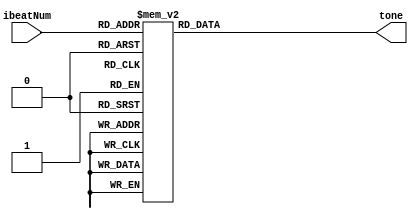
//
//
//
//

`define NM1 32'd660 //bB_freq
`define NM2 32'd494 //C_freq
`define NM3 32'd524 //D_freq
`define NM4 32'd588 //bE_freq
`define NM5 32'd440 //F_freq
`define NM6 32'd698 //G_freq
`define NM7 32'd880 //A_freq
`define NM8 32'd784 //A_freq
`define NM9 32'd415 //A_freq
`define NM10 32'd330 //A_freq
`define NM11 32'd349 //A_freq
`define NM12 32'd392 //A_freq
`define NM0 32'd20000 //slience (over freq.)

module Music (
	input [7:0] ibeatNum,	
	output reg [31:0] tone
);

always @(*) begin
	case (ibeatNum)		// 1/4 beat
		8'd0 : tone = `NM1;	//3
		8'd1 : tone = `NM1;
		8'd2 : tone = `NM1;
		8'd3 : tone = `NM1;
		8'd4 : tone = `NM2;	//1
		8'd5 : tone = `NM2;
		8'd6 : tone = `NM3;
		8'd7 : tone = `NM3;
		8'd8 : tone = `NM4;	//2
		8'd9 : tone = `NM4;
		8'd10 : tone = `NM1;
		8'd11 : tone = `NM4;
		8'd12 : tone = `NM3;
		8'd13 : tone = `NM3;
		8'd14 : tone = `NM2;
		8'd15 : tone = `NM2;
		
		8'd16 : tone = `NM5;
		8'd17 : tone = `NM5;
		8'd18 : tone = `NM5;
		8'd19 : tone = `NM5;
		8'd20 : tone = `NM5;
		8'd21 : tone = `NM5;
		8'd22 : tone = `NM3;
		8'd23 : tone = `NM3;
		8'd24 : tone = `NM1;
		8'd25 : tone = `NM1;
		8'd26 : tone = `NM1;
		8'd27 : tone = `NM1;
		8'd28 : tone = `NM4;
		8'd29 : tone = `NM4;
		8'd30 : tone = `NM3;
		8'd31 : tone = `NM3;
		
		8'd32 : tone = `NM2;
		8'd33 : tone = `NM2;
		8'd34 : tone = `NM2;
		8'd35 : tone = `NM2;
		8'd36 : tone = `NM2;
		8'd37 : tone = `NM2;
		8'd38 : tone = `NM3;
		8'd39 : tone = `NM3;
		8'd40 : tone = `NM4;
		8'd41 : tone = `NM4;
		8'd42 : tone = `NM4;
		8'd43 : tone = `NM4;
		8'd44 : tone = `NM1;
		8'd45 : tone = `NM1;
		8'd46 : tone = `NM1;
		8'd47 : tone = `NM1;
		
		8'd48 : tone = `NM3;
		8'd49 : tone = `NM3;
		8'd50 : tone = `NM3;
		8'd51 : tone = `NM3;
		8'd52 : tone = `NM5;
		8'd53 : tone = `NM5;
		8'd54 : tone = `NM5;
		8'd55 : tone = `NM5;
		8'd56 : tone = `NM5;
		8'd57 : tone = `NM5;
		8'd58 : tone = `NM5;
		8'd59 : tone = `NM5;
		8'd60 : tone = `NM0;
		8'd61 : tone = `NM0;
		8'd62 : tone = `NM0;
		8'd63 : tone = `NM0;
		
		8'd64 : tone = `NM4; 
		8'd65 : tone = `NM4; 
		8'd66 : tone = `NM4; 
		8'd67 : tone = `NM4; 
		8'd68 : tone = `NM4; 
		8'd69 : tone = `NM4; 
		8'd70 : tone = `NM6;
		8'd71 : tone = `NM6;
		8'd72 : tone = `NM7;
		8'd73 : tone = `NM7;
		8'd74 : tone = `NM7;
		8'd75 : tone = `NM7;
		8'd76 : tone = `NM8;
		8'd77 : tone = `NM8;
		8'd78 : tone = `NM6;
		8'd79 : tone = `NM6;
		
		8'd80 : tone = `NM1;
		8'd81 : tone = `NM1;
		8'd82 : tone = `NM1;
		8'd83 : tone = `NM1;
		8'd84 : tone = `NM1;
		8'd85 : tone = `NM1;
		8'd86 : tone = `NM3;
		8'd87 : tone = `NM3;
		8'd88 : tone = `NM1;
		8'd89 : tone = `NM1;
		8'd90 : tone = `NM1;
		8'd91 : tone = `NM1;
		8'd92 : tone = `NM4;
		8'd93 : tone = `NM4;
		8'd94 : tone = `NM3;
		8'd95 : tone = `NM3;
		
		8'd96 : tone = `NM2 ;
		8'd97 : tone = `NM2 ;
		8'd98 : tone = `NM2 ;
		8'd99 : tone = `NM2 ;
		8'd100 : tone = `NM2 ;
		8'd101 : tone = `NM2 ;
		8'd102 : tone = `NM3 ;
		8'd103 : tone = `NM3 ;
		8'd104 : tone = `NM4 ;
		8'd105 : tone = `NM4 ;
		8'd106 : tone = `NM4 ;
		8'd107 : tone = `NM4 ;
		8'd108 : tone = `NM1 ;
		8'd109 : tone = `NM1 ;
		8'd110 : tone = `NM1 ;
		8'd111 : tone = `NM1 ;
		
		8'd112 : tone = `NM3 ;
		8'd113 : tone = `NM3 ;
		8'd114 : tone = `NM3 ;
		8'd115 : tone = `NM3 ;
		8'd116 : tone = `NM5 ;
		8'd117 : tone = `NM5 ;
		8'd118 : tone = `NM5 ;
		8'd119 : tone = `NM5 ;
		8'd120 : tone = `NM5 ;
		8'd121 : tone = `NM5 ;
		8'd122 : tone = `NM5 ;
		8'd123 : tone = `NM5 ;
		8'd124 : tone = `NM0 ;
		8'd125 : tone = `NM0 ;
		8'd126 : tone = `NM0 ;
		8'd127 : tone = `NM0 ;
		
//		8'd128 : tone = `NM1 ;	//3
//		8'd129 : tone = `NM1 ;
//		8'd130 : tone = `NM1 ;
//		8'd131 : tone = `NM1 ;
//		8'd132 : tone = `NM2 ;	//1
//		8'd133 : tone = `NM2 ;
//		8'd134 : tone = `NM3 ;
//		8'd135 : tone = `NM3 ;
//		8'd136 : tone = `NM4 ;	//2
//		8'd137 : tone = `NM4 ;
//		8'd138 : tone = `NM1 ;
//		8'd139 : tone = `NM4 ;
//		8'd140 : tone = `NM3 ;
//		8'd141 : tone = `NM3 ;
//		8'd142 : tone = `NM2 ;
//		8'd143 : tone = `NM2 ;
////		
//		8'd144 : tone = `NM5 ;
//		8'd145 : tone = `NM5 ;
//		8'd146 : tone = `NM5 ;
//		8'd147 : tone = `NM5 ;
//		8'd148 : tone = `NM5 ;
//		8'd149 : tone = `NM5 ;
//		8'd150 : tone = `NM3 ;
//		8'd151 : tone = `NM3 ;
//		8'd152 : tone = `NM1 ;
//		8'd153 : tone = `NM1 ;
//		8'd154 : tone = `NM1 ;
//		8'd155 : tone = `NM1 ;
//		8'd156 : tone = `NM4 ;
//		8'd157 : tone = `NM4 ;
//		8'd158 : tone = `NM3 ;
//		8'd159 : tone = `NM3 ;
////		
//		8'd160 : tone = `NM2 ;
//		8'd161 : tone = `NM2 ;
//		8'd162 : tone = `NM2 ;
//		8'd163 : tone = `NM2 ;
//		8'd164 : tone = `NM2 ;
//		8'd165 : tone = `NM2 ;
//		8'd166 : tone = `NM3 ;
//		8'd167 : tone = `NM3 ;
//		8'd168 : tone = `NM4 ;
//		8'd169 : tone = `NM4 ;
//		8'd170 : tone = `NM4 ;
//		8'd171 : tone = `NM4 ;
//		8'd172 : tone = `NM1 ;
//		8'd173 : tone = `NM1 ;
//		8'd174 : tone = `NM1 ;
//		8'd175 : tone = `NM1 ;
////		
//		8'd176 : tone = `NM3 ;
//		8'd177 : tone = `NM3 ;
//		8'd178 : tone = `NM3 ;
//		8'd179 : tone = `NM3 ;
//		8'd180 : tone = `NM5 ;
//		8'd181 : tone = `NM5 ;
//		8'd182 : tone = `NM5 ;
//		8'd183 : tone = `NM5 ;
//		8'd184 : tone = `NM5 ;
//		8'd185 : tone = `NM5 ;
//		8'd186 : tone = `NM5 ;
//		8'd187 : tone = `NM5 ;
//		8'd188 : tone = `NM0 ;
//		8'd189 : tone = `NM0 ;
//		8'd190 : tone = `NM0 ;
//		8'd191 : tone = `NM0 ;
////		
//		8'd192 : tone = `NM4 ;
//		8'd193 : tone = `NM4 ;
//		8'd194 : tone = `NM4 ;
//		8'd195 : tone = `NM4 ;
//		8'd196 : tone = `NM4 ;
//		8'd197 : tone = `NM4 ;
//		8'd198 : tone = `NM6 ;
//		8'd199 : tone = `NM6 ;
//		8'd200 : tone = `NM7 ;
//		8'd201 : tone = `NM7 ;
//		8'd202 : tone = `NM7 ;
//		8'd203 : tone = `NM7 ;
//		8'd204 : tone = `NM8 ;
//		8'd205 : tone = `NM8 ;
//		8'd206 : tone = `NM6 ;
//		8'd207 : tone = `NM6 ;
////		
//		8'd208 : tone = `NM1 ;
//		8'd209 : tone = `NM1 ;
//		8'd210 : tone = `NM1 ;
//		8'd211 : tone = `NM1 ;
//		8'd212 : tone = `NM1 ;
//		8'd213 : tone = `NM1 ;
//		8'd214 : tone = `NM3 ;
//		8'd215 : tone = `NM3 ;
//		8'd216 : tone = `NM1 ;
//		8'd217 : tone = `NM1 ;
//		8'd218 : tone = `NM1 ;
//		8'd219 : tone = `NM1 ;
//		8'd220 : tone = `NM4 ;
//		8'd221 : tone = `NM4 ;
//		8'd222 : tone = `NM3 ;
//		8'd223 : tone = `NM3 ;
////		
//		8'd224 : tone = `NM2 ;
//		8'd225 : tone = `NM2 ;
//		8'd226 : tone = `NM2 ;
//		8'd227 : tone = `NM2 ;
//		8'd228 : tone = `NM2 ;
//		8'd229 : tone = `NM2 ;
//		8'd230 : tone = `NM3 ;
//		8'd231 : tone = `NM3 ;
//		8'd232 : tone = `NM4 ;
//		8'd233 : tone = `NM4 ;
//		8'd234 : tone = `NM4 ;
//		8'd235 : tone = `NM4 ;
//		8'd236 : tone = `NM1 ;
//		8'd237 : tone = `NM1 ;
//		8'd238 : tone = `NM1 ;
//		8'd239 : tone = `NM1 ;
////		
//		8'd240 : tone = `NM3 ;
//		8'd241 : tone = `NM3 ;
//		8'd242 : tone = `NM3 ;
//		8'd243 : tone = `NM3 ;
//		8'd244 : tone = `NM5 ;
//		8'd245 : tone = `NM5 ;
//		8'd246 : tone = `NM5 ;
//		8'd247 : tone = `NM5 ;
//		8'd248 : tone = `NM5 ;
//		8'd249 : tone = `NM5 ;
//		8'd250 : tone = `NM5 ;
//		8'd251 : tone = `NM5 ;
//		8'd252 : tone = `NM0;
//		8'd253 : tone = `NM0;
//		8'd254 : tone = `NM0;
//		8'd255 : tone = `NM0;
//		
        8'd128 : tone = `NM3  ;	//3
		8'd129 : tone = `NM3  ;
		8'd130 : tone = `NM3  ;
		8'd131 : tone = `NM3  ;
		8'd132 : tone = `NM0  ;	//1
		8'd133 : tone = `NM0  ;
		8'd134 : tone = `NM0  ;
		8'd135 : tone = `NM0  ;
		8'd136 : tone = `NM5  ;	//2
		8'd137 : tone = `NM5  ;
		8'd138 : tone = `NM5  ;
		8'd139 : tone = `NM5  ;
		8'd140 : tone = `NM0  ;
		8'd141 : tone = `NM0  ;
		8'd142 : tone = `NM0  ;
		8'd143 : tone = `NM0  ;
//		
		8'd144 : tone = `NM2  ;
		8'd145 : tone = `NM2  ;
		8'd146 : tone = `NM2  ;
		8'd147 : tone = `NM2  ;
		8'd148 : tone = `NM0 ;
		8'd149 : tone = `NM0 ;
		8'd150 : tone = `NM0 ;
		8'd151 : tone = `NM0 ;
		8'd152 : tone = `NM9 ;
		8'd153 : tone = `NM9 ;
		8'd154 : tone = `NM9 ;
		8'd155 : tone = `NM9 ;
		8'd156 : tone = `NM0 ;
		8'd157 : tone = `NM0 ;
		8'd158 : tone = `NM0 ;
		8'd159 : tone = `NM0 ;
//		
		8'd160 : tone = `NM5  ;
		8'd161 : tone = `NM5  ;
		8'd162 : tone = `NM5  ;
		8'd163 : tone = `NM5  ;
		8'd164 : tone = `NM0  ;
		8'd165 : tone = `NM0  ;
		8'd166 : tone = `NM0  ;
		8'd167 : tone = `NM0  ;
		8'd168 : tone = `NM10  ;
		8'd169 : tone = `NM10  ;
		8'd170 : tone = `NM10  ;
		8'd171 : tone = `NM10  ;
		8'd172 : tone = `NM0  ;
		8'd173 : tone = `NM0  ;
		8'd174 : tone = `NM0  ;
		8'd175 : tone = `NM0  ;
//		
		8'd176 : tone = `NM11  ;
		8'd177 : tone = `NM11  ;
		8'd178 : tone = `NM11  ;
		8'd179 : tone = `NM11  ;
		8'd180 : tone = `NM0  ;
		8'd181 : tone = `NM0  ;
		8'd182 : tone = `NM0  ;
		8'd183 : tone = `NM0  ;
		8'd184 : tone = `NM12  ;
		8'd185 : tone = `NM12  ;
		8'd186 : tone = `NM12  ;
		8'd187 : tone = `NM12  ;
		8'd188 : tone = `NM0  ;
		8'd189 : tone = `NM0  ;
		8'd190 : tone = `NM0 ;
		8'd191 : tone = `NM0 ;
//		
		8'd192 : tone = `NM3  ;
		8'd193 : tone = `NM3  ;
		8'd194 : tone = `NM3  ;
		8'd195 : tone = `NM3  ;
		8'd196 : tone = `NM0  ;
		8'd197 : tone = `NM0  ;
		8'd198 : tone = `NM0  ;
		8'd199 : tone = `NM0  ;
		8'd200 : tone = `NM5  ;
		8'd201 : tone = `NM5  ;
		8'd202 : tone = `NM5  ;
		8'd203 : tone = `NM5  ;
		8'd204 : tone = `NM0  ;
		8'd205 : tone = `NM0  ;
		8'd206 : tone = `NM0  ;
		8'd207 : tone = `NM0  ;
//		
		8'd208 : tone = `NM2  ;
		8'd209 : tone = `NM2  ;
		8'd210 : tone = `NM2  ;
		8'd211 : tone = `NM2  ;
		8'd212 : tone = `NM0  ;
		8'd213 : tone = `NM0  ;
		8'd214 : tone = `NM0  ;
		8'd215 : tone = `NM0  ;
		8'd216 : tone = `NM9  ;
		8'd217 : tone = `NM9  ;
		8'd218 : tone = `NM9  ;
		8'd219 : tone = `NM9  ;
		8'd220 : tone = `NM0  ;
		8'd221 : tone = `NM0  ;
		8'd222 : tone = `NM0  ;
		8'd223 : tone = `NM0  ;
//		
		8'd224 : tone = `NM5  ;
		8'd225 : tone = `NM5  ;
		8'd226 : tone = `NM5  ;
		8'd227 : tone = `NM5  ;
		8'd228 : tone = `NM3  ;
		8'd229 : tone = `NM3  ;
		8'd230 : tone = `NM3  ;
		8'd231 : tone = `NM3  ;
		8'd232 : tone = `NM10  ;
		8'd233 : tone = `NM10  ;
		8'd234 : tone = `NM10  ;
		8'd235 : tone = `NM10  ;
		8'd236 : tone = `NM10  ;
		8'd237 : tone = `NM10  ;
		8'd238 : tone = `NM10  ;
		8'd239 : tone = `NM10  ;
//		
		8'd240 : tone = `NM1  ;
		8'd241 : tone = `NM1  ;
		8'd242 : tone = `NM1  ;
		8'd243 : tone = `NM1  ;
		8'd244 : tone = `NM0  ;
		8'd245 : tone = `NM0  ;
		8'd246 : tone = `NM0  ;
		8'd247 : tone = `NM0  ;
		8'd248 : tone = `NM0  ;
		8'd249 : tone = `NM0  ;
		8'd250 : tone = `NM0  ;
		8'd251 : tone = `NM0  ;
		8'd252 : tone = `NM0;
		8'd253 : tone = `NM0;
		8'd254 : tone = `NM0;
		8'd255 : tone = `NM0;
//        8'd256 : tone = `NM3 ;
//		8'd257 : tone = `NM3 ;
//		8'd258 : tone = `NM3 ;
//		8'd259 : tone = `NM3 ;
//		8'd260 : tone = `NM5 ;
//		8'd261 : tone = `NM5 ;
//		8'd262 : tone = `NM5 ;
//		8'd263 : tone = `NM5 ;
//		8'd264 : tone = `NM5 ;
//		8'd265 : tone = `NM5 ;
//		8'd266 : tone = `NM5 ;
//		8'd267 : tone = `NM5 ;
//		8'd268 : tone = `NM0;
//		8'd269 : tone = `NM0;
//		8'd270 : tone = `NM0;
//		8'd271 : tone = `NM0;
		default : tone = `NM0;
	endcase
end

endmodule